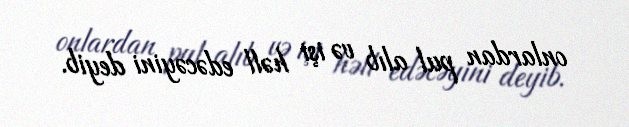
onlardan pul alıb və işi həll edəcəyini deyib.